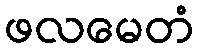
ဖလမေတံ